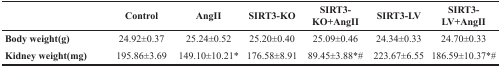
<table><thead><tr><td></td><td><b>Control</b></td><td><b>AngII</b></td><td><b>SIRT3-KO</b></td><td><b>SIRT3-KO+AngII</b></td><td><b>SIRT3-LV</b></td><td><b>SIRT3-LV+AngII</b></td></tr></thead><tbody><tr><td><b>Body weight(g)</b></td><td>24.92±0.37</td><td>25.24±0.52</td><td>25.20±0.40</td><td>25.09±0.46</td><td>24.34±0.33</td><td>24.70±0.33</td></tr><tr><td><b>Kidney weight(mg)</b></td><td>195.86±3.69</td><td>149.10±10.21*</td><td>176.58±8.91</td><td>89.45±3.88*#</td><td>223.67±6.55</td><td>186.59±10.37*#</td></tr></tbody></table>